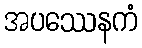
အပဿေနကံ